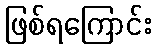
ဖြစ်ရကြောင်း